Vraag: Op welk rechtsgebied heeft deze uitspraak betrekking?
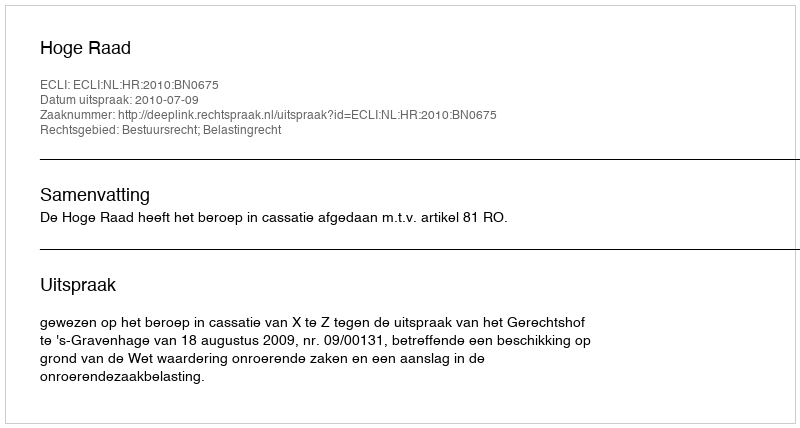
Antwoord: Bestuursrecht; Belastingrecht